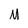
Character: M